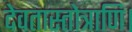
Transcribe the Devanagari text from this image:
देवतास्तोत्राणि।